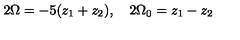
2 \Omega = - 5 ( z _ { 1 } + z _ { 2 } ) , \quad 2 \Omega _ { 0 } = z _ { 1 } - z _ { 2 }